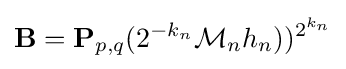
\mathbf {B} =\mathbf {P} _{p,q}(2^{-k_{n}}{\mathcal {M}}_{n}h_{n}))^{2^{k_{n}}}